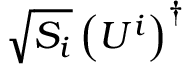
\sqrt { S _ { i } } \left( U ^ { i } \right) ^ { \dagger }